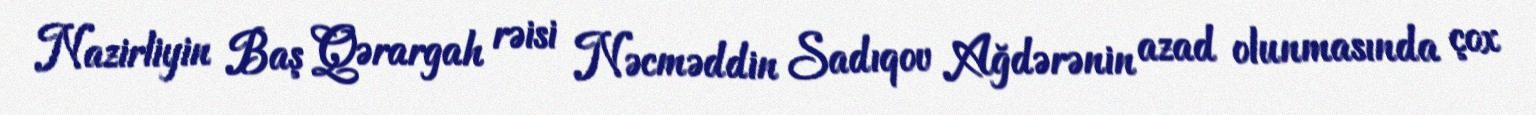
Nazirliyin Baş Qərargah rəisi Nəcməddin Sadıqov Ağdərənin azad olunmasında çox